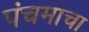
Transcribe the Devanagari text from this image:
पंचमाचा